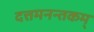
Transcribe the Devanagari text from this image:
दत्तमनन्तकम्